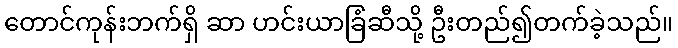
တောင်ကုန်းဘက်ရှိ ဆာ ဟင်းယာခြံဆီသို့ ဦးတည်၍တက်ခဲ့သည်။